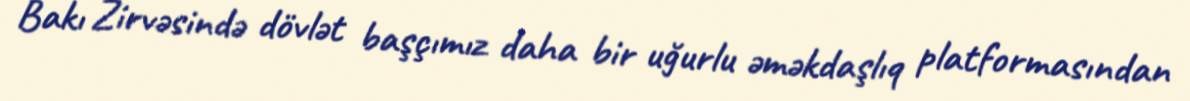
Bakı Zirvəsində dövlət başçımız daha bir uğurlu əməkdaşlıq platformasından